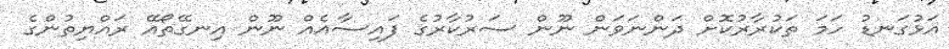
އަޅުގަނޑު ހަމަ ތަކުރާރުކޮށް ދަންނަވަން ނޫން ސަރުކާރުގެ ފައިސާއެއް ނޫން އިނގޭތޯއޭ ރައްޔިތުންގެ